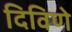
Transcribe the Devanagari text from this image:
दिविणे